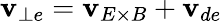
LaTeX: \mathbf{v}_{\perp e}=\mathbf{v}_{E\times B}+\mathbf{v}_{de}